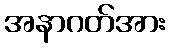
အနာဂတ်အား